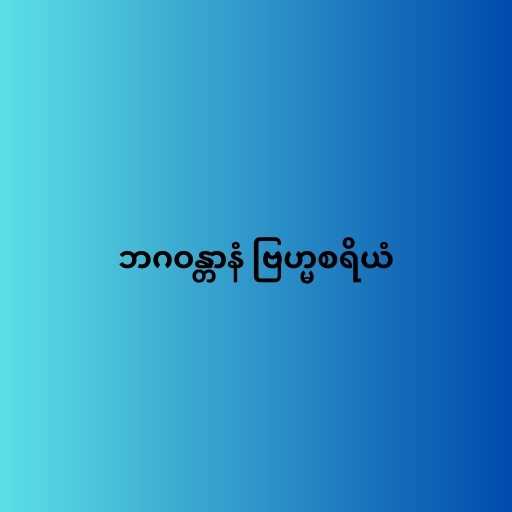
ဘဂဝန္တာနံ ဗြဟ္မစရိယံ